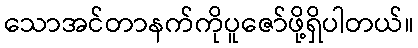
သောအင်တာနက်ကိုပူဇော်ဖို့ရှိပါတယ်။